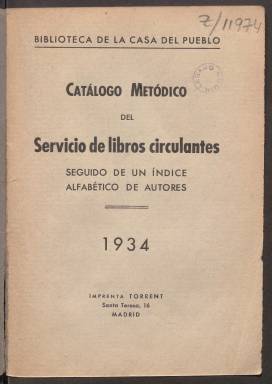
Título: Catálogo metódico del servicio de libros circulantes
Otros títulos: Título: Catálogo metódico de libros circulantes, 1936
Colección: Archivos, bibliotecas y museos
Ámbito geográfico: Madrid
Lugar de publicación: Madrid
Fechas: 01/01/1934-31/12/1934